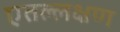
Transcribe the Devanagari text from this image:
एतल्लक्षण